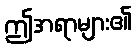
ဤအရာများ၏